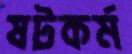
ষটকর্ম